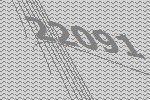
22091